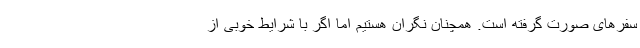
سفرهای صورت گرفته است. همچنان نگران هستیم اما اگر با شرایط خوبی از